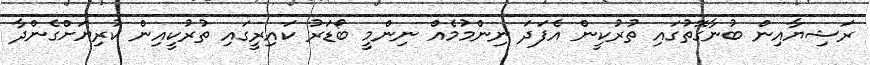
ރަޝިޔާއިން ބުނާގޮތުގައި ތުރުކީން އެފަދަ ނިންމުމެއް ނިންމީ ބޯޑަރު ކައިރީގައި ތުރުކީއިން ކުރިޔަށްގެންދާ